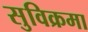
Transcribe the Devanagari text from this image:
सुविक्रमा